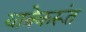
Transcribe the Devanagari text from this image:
यात्रेकरूंत